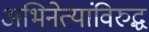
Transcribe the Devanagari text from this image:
अभिनेत्यांविरुद्ध